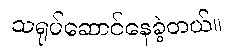
သရုပ်ဆောင်နေခဲ့တယ်။